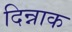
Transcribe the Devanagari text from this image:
दिन्नाक